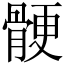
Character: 骾